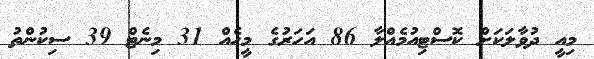
މިއީ ދުވާލަކަށް ކޮސްޓިއުމެއްލާ 86 އަހަރުގެ މީހެއް 31 މިނެޓް 39 ސިކުންތު